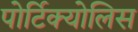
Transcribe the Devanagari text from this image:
पोर्टिक्योलिस